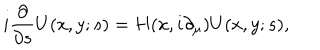
i \frac { \partial } { \partial s } U ( x , y ; s ) = H ( x , i \partial _ { \mu } ) U ( x , y ; s ) ,